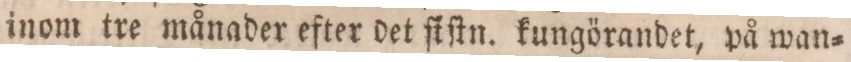
inom tre månader efter det ſiſtn. kungörandet, på wan=